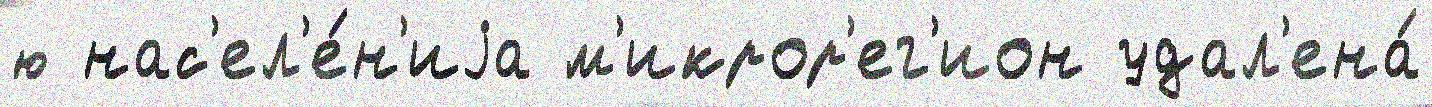
ю нас'ел'е́н'иjа м'икрор'ег'ион удал'ена́